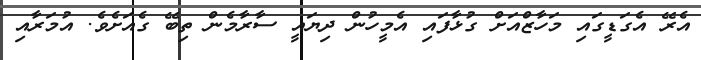
އެރޭ އެގަޑީގައި މަހާޒްއަށް ގުޅާފައި އެމީހުން ދިޔައީ ސާރާމެން ތިބޭ ގެއަށެވެ. އުމަރާއި